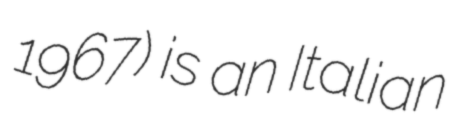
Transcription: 1967) is an Italian